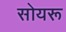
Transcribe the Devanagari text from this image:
सोयरू